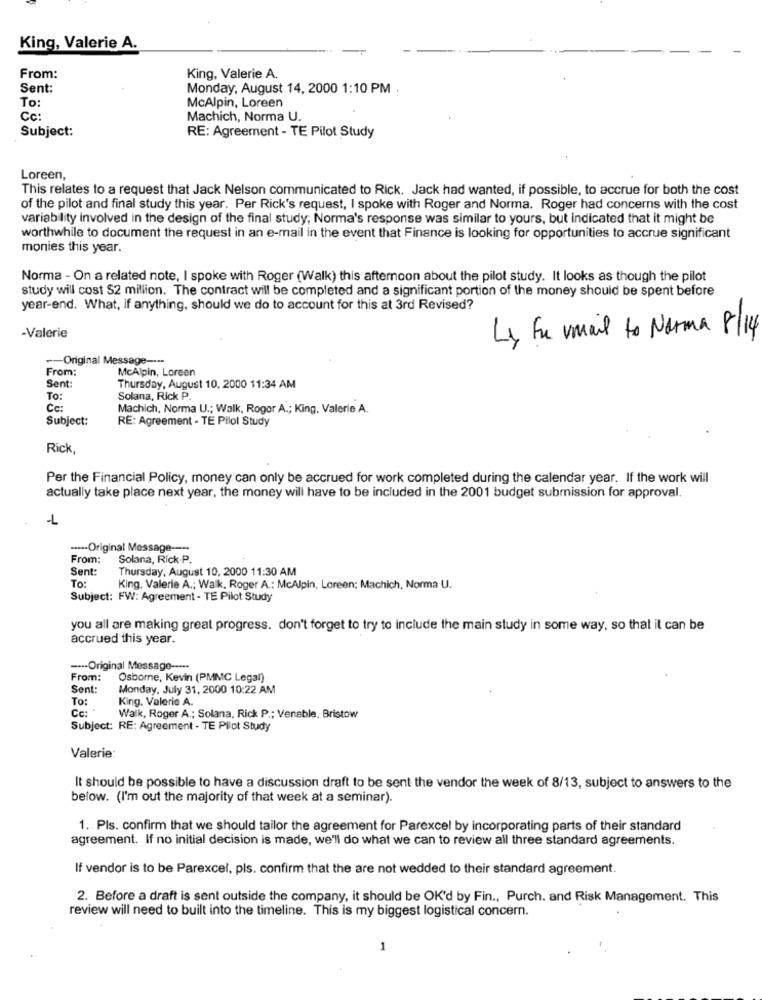
King, Valerie A.
From:
King, Valerie A.
Sent:
Monday, August 14, 2000 1:10 PM
To:
McAlpin, Loreen
Cc:
Machich, Norma U.
Subject:
RE: Agreement - TE Pilot Study
Loreen,
This relates to a request that Jack Nelson communicated to Rick. Jack had wanted, if possible, to accrue for both the cost
of the pilot and final study this year. Per Rick's request, I spoke with Roger and Norma. Roger had concerns with the cost
variability involved in the design of the final study; Norma's response was similar to yours, but indicated that it might be
worthwhile to document the request in an e-mail in the event that Finance is looking for opportunities to accrue significant
monies this year.
Norma - On a related note, I spoke with Roger (Walk) this afternoon about the pilot study. It looks as though the pilot
study will cost $2 million. The contract will be completed and a significant portion of the money should be spent before
year-end. What, if anything, should we do to account for this at 3rd Revised?
Le Fu mail to Norma 8/14
-Valerie
Original Message ----
From:
McAlpin, Loreen
Sent:
Thursday, August 10, 2000 11:34 AM
To:
Solana, Rick P.
Cc:
Machich, Norma U .; Walk, Rogor A .; King, Valerie A.
Subject:
RE: Agreement - TE Pilot Study
Rick,
Per the Financial Policy, money can only be accrued for work completed during the calendar year. If the work will
actually take place next year, the money will have to be included in the 2001 budget submission for approval.
-L
----- Original Message ----
From:
Solana, Rick.P.
Sent:
Thursday, August 10, 2000 11:30 AM
To:
King. Valerie A .; Walk, Roger A .: McAlpin, Loreen; Machich, Norma U.
Subject: FW: Agreement - TE Pilot Study
you all are making great progress. don't forget to try to include the main study in some way, so that it can be
accrued this year.
---- Original Message --...
From:
Osborne, Kevin (PMMC Legal)
Sent:
Monday, July 31, 2000 10:22 AM
To:
King. Valerie A.
Cc:
Walk, Roger A .; Solana, Rick P .; Venable, Bristow
Subject: RE: Agreement - TE Pilot Study
Valerie:
It should be possible to have a discussion draft to be sent the vendor the week of 8/13, subject to answers to the
below. (I'm out the majority of that week at a seminar).
1. Pls. confirm that we should tailor the agreement for Parexcel by incorporating parts of their standard
agreement. If no initial decision is made, we'll do what we can to review all three standard agreements.
If vendor is to be Parexcel, pls. confirm that the are not wedded to their standard agreement.
2. Before a draft is sent outside the company, it should be OK'd by Fin ., Purch. and Risk Management. This
review will need to built into the timeline. This is my biggest logistical concern.
1